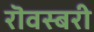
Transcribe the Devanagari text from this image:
रॊवस्बरी